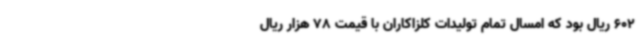
602 ریال بود که امسال تمام تولیدات کلزاکاران با قیمت 78 هزار ریال